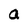
Character: a